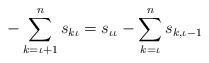
LaTeX: \begin{align*}-\sum_{k=\iota+1}^n s_{k\iota}=s_{\iota\iota}-\sum_{k=\iota}^n s_{k,\iota-1} \end{align*}